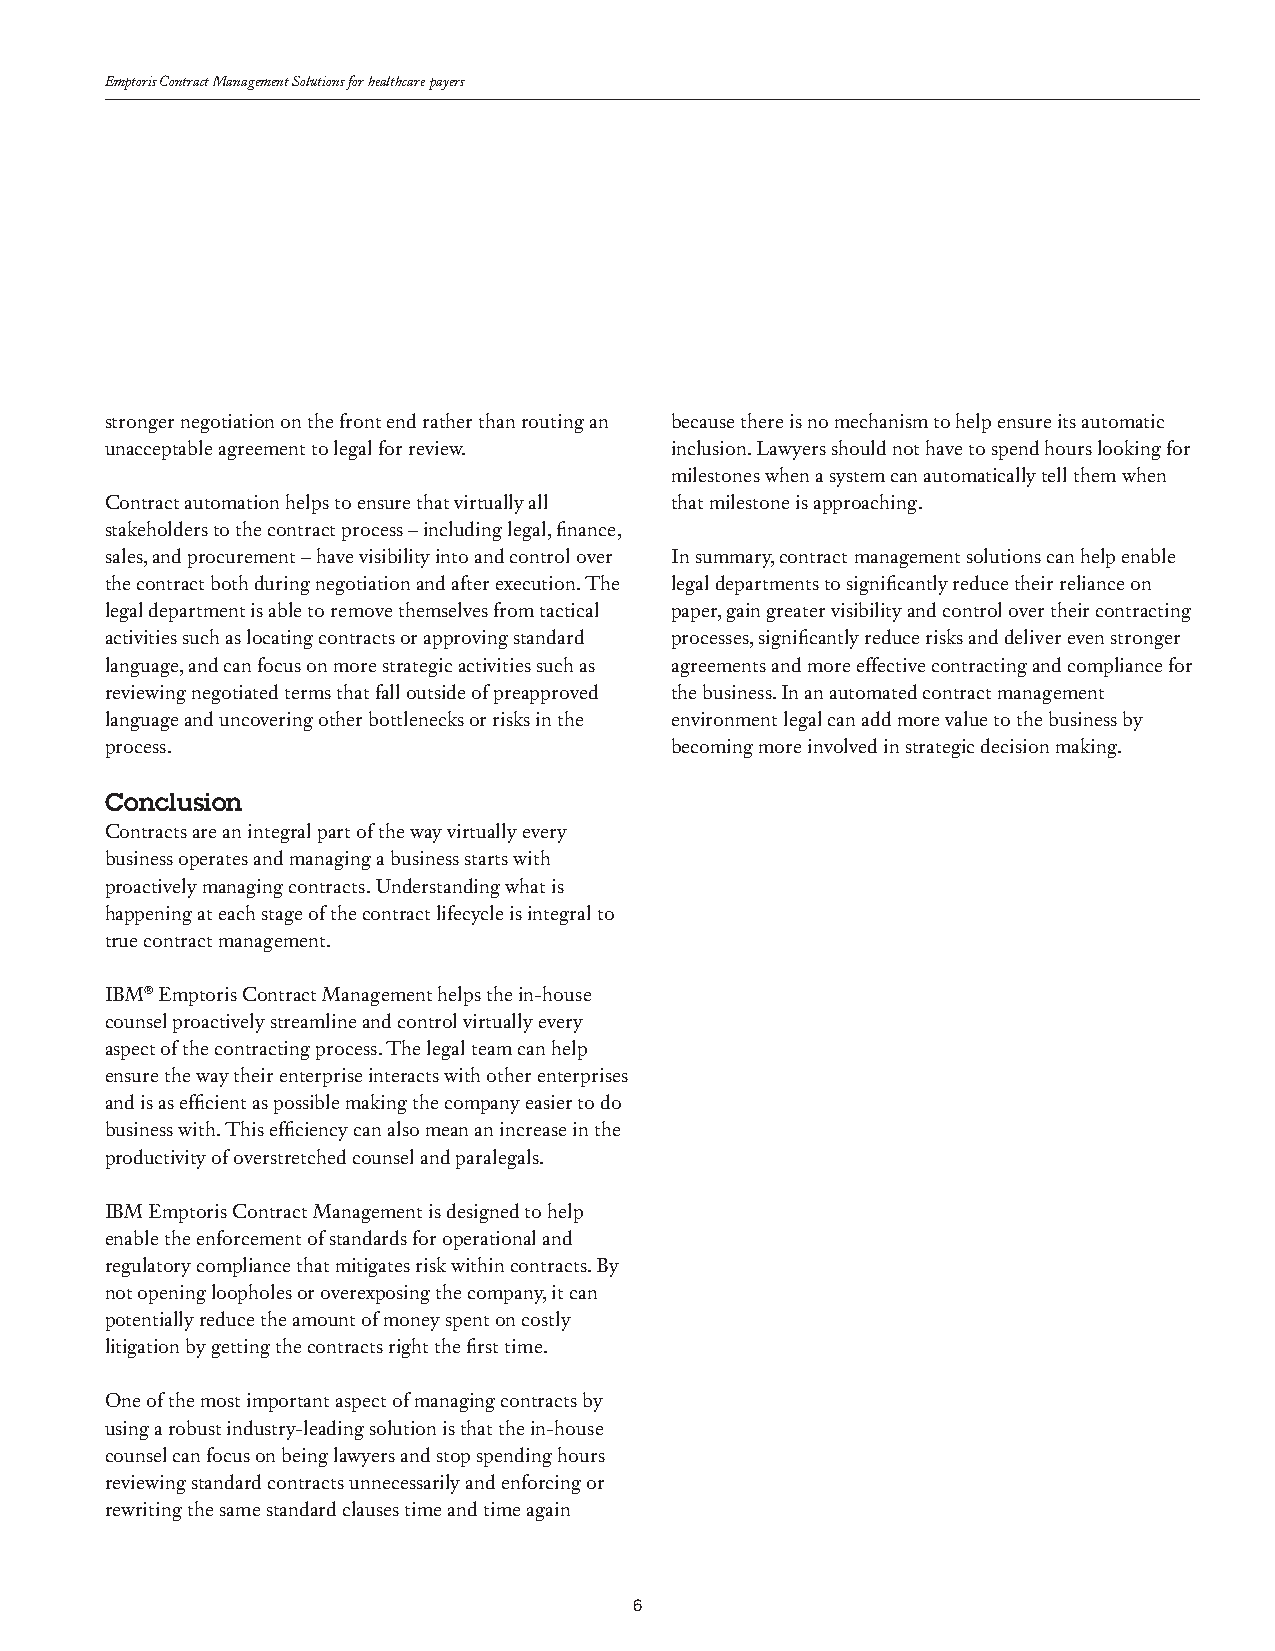
Emptoris Contract Management Solutions for healthcare payers
 stronger negotiation on the front end rather than routing an because there is no mechanism to help ensure its automatic
 unacceptable agreement to legal for review. inclusion. Lawyers should not have to spend hours looking for
 milestones when a system can automatically tell them when
 Contract automation helps to ensure that virtually all that milestone is approaching.
 stakeholders to the contract process – including legal, finance,
 sales, and procurement – have visibility into and control over In summary, contract management solutions can help enable
 the contract both during negotiation and after execution. The legal departments to significantly reduce their reliance on
 legal department is able to remove themselves from tactical paper, gain greater visibility and control over their contracting
 activities such as locating contracts or approving standard processes, significantly reduce risks and deliver even stronger
 language, and can focus on more strategic activities such as agreements and more effective contracting and compliance for
 reviewing negotiated terms that fall outside of preapproved the business. In an automated contract management
 language and uncovering other bottlenecks or risks in the environment legal can add more value to the business by
 process.                             becoming more involved in strategic decision making.
 Conclusion
 Contracts are an integral part of the way virtually every
 business operates and managing a business starts with
 proactively managing contracts. Understanding what is
 happening at each stage of the contract lifecycle is integral to
 true contract management.
 IBM® Emptoris Contract Management helps the in-house
 counsel proactively streamline and control virtually every
 aspect of the contracting process. The legal team can help
 ensure the way their enterprise interacts with other enterprises
 and is as efficient as possible making the company easier to do
 business with. This efficiency can also mean an increase in the
 productivity of overstretched counsel and paralegals.
 IBM Emptoris Contract Management is designed to help
 enable the enforcement of standards for operational and
 regulatory compliance that mitigates risk within contracts. By
 not opening loopholes or overexposing the company, it can
 potentially reduce the amount of money spent on costly
 litigation by getting the contracts right the first time.
 One of the most important aspect of managing contracts by
 using a robust industry-leading solution is that the in-house
 counsel can focus on being lawyers and stop spending hours
 reviewing standard contracts unnecessarily and enforcing or
 rewriting the same standard clauses time and time again
 6